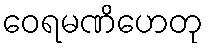
ဝေရမဏိဟေတု